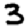
Digit: 3